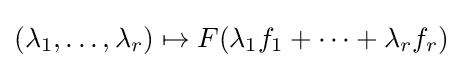
(\lambda _{1},\dots ,\lambda _{r})\mapsto F(\lambda _{1}f_{1}+\cdots +\lambda _{r}f_{r})